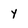
Character: y